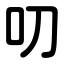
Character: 叨